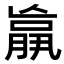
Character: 𮌩